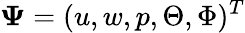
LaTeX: \mathbf{\Psi}=(u,w,p,\Theta,\Phi)^{T}